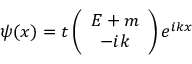
\psi ( x ) = t \left( \begin{array} { c } { { E + m } } \\ { { - i k } } \end{array} \right) e ^ { i k x }